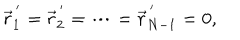
\vec { r } _ { 1 } ^ { \, ^ { \prime } } = \vec { r } _ { 2 } ^ { \, ^ { \prime } } = \cdots = \vec { r } _ { N - 1 } ^ { \, ^ { \prime } } = 0 ,